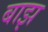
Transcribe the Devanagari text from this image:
बाझ